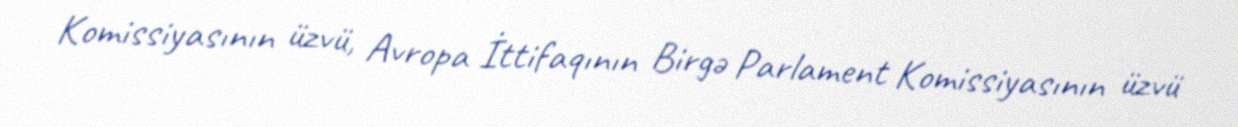
Komissiyasının üzvü, Avropa İttifaqının Birgə Parlament Komissiyasının üzvü